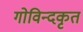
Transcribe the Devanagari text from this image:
गोविन्दकृत